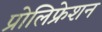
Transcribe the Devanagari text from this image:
प्रोलिफ्रेशन